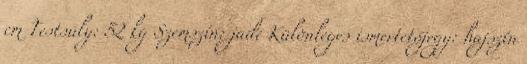
cm Testsúly: 52 kg Szemszín: jade Különleges ismertetőjegy: hajszín